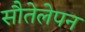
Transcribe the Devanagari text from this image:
सौतेलेपन